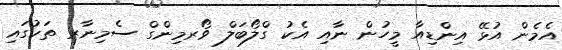
އެމެން އުޅޭ އިންޑިއާ މީހުން ނާއި އެކު ގްލޯބަލް ވޯރމިންގް ސެމިނާރ ތަކުގައި